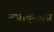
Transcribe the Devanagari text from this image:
मसाचुसेट्स